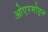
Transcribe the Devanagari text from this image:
ओएरमोइन